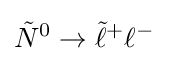
{\tilde {N}}^{0}\rightarrow {\tilde {\ell }}^{+}\ell ^{-}